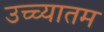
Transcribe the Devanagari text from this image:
उच्च्यातम